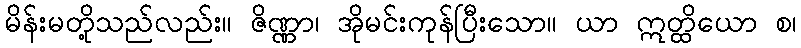
မိန်းမတို့သည်လည်း။ ဇိဏ္ဏာ၊ အိုမင်းကုန်ပြီးသော။ ယာ ဣတ္ထိယော စ၊